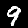
Label: 9